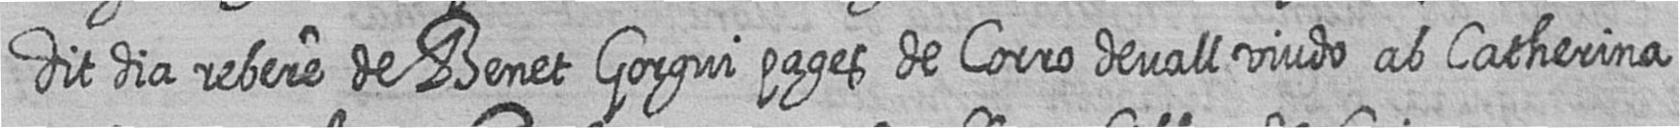
dit dia rebere de Benet Gorgui pages de Corro devall viudo ab Catherina